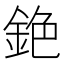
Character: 銫